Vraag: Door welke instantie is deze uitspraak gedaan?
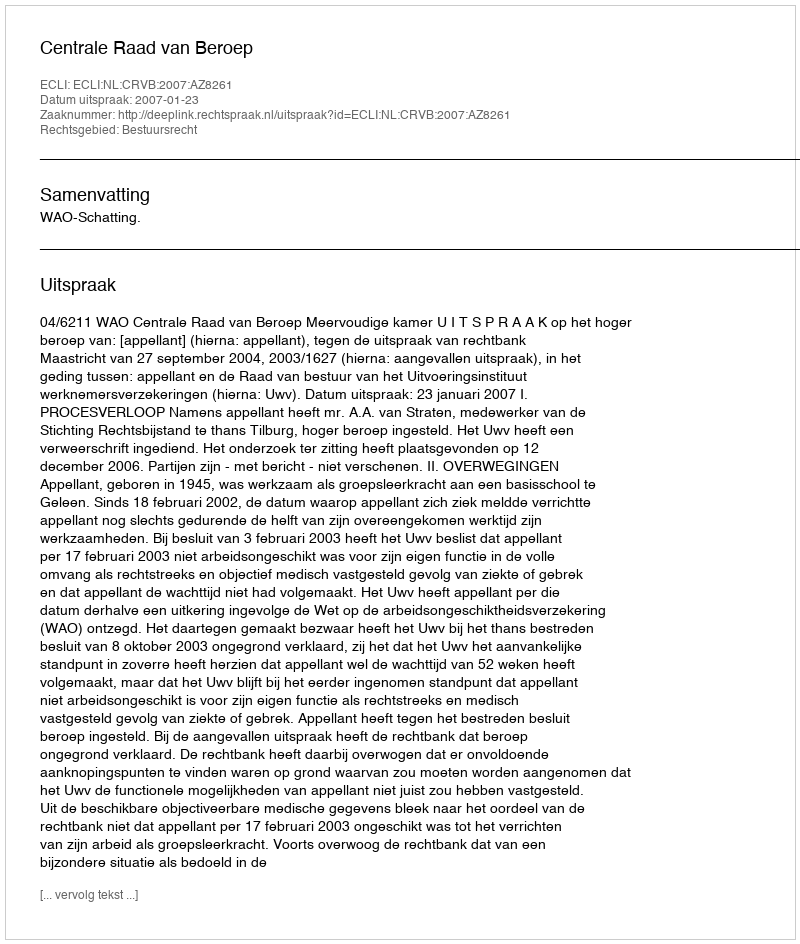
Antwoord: Centrale Raad van Beroep